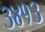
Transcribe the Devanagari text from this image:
३४१३